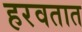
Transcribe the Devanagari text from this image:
हरवतात